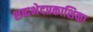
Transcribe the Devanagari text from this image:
शब्दभेदप्रकाशिका